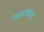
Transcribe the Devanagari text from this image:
व्याव्हारिकता